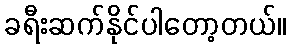
ခရီးဆက်နိုင်ပါတော့တယ်။